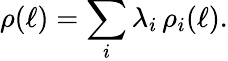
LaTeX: \rho(\ell)=\sum_{i}\lambda_{i}\, \rho_{i}(\ell).